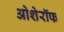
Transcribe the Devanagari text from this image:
ओशेरॉफ